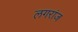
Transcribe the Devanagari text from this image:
लगरांज